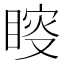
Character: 𥈟